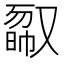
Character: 𠭿